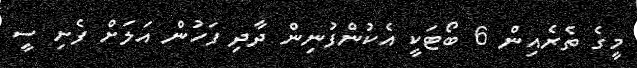
މީގެ ތެރެއިން 6 ބޯޓަކީ އެކުންފުނިން ދާދި ފަހުން އަލަށް ފެށި ސީ